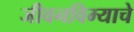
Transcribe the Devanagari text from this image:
जीवनविम्याचे